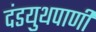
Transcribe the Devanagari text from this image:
दंडयुथपाणी